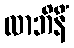
လာဘိနိံ